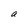
Character: a